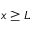
x \ge L